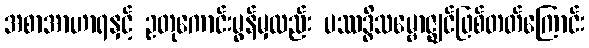
အစာအာဟာရနှင့် ဥတုကောင်းမွန်မှလည်း ပဿဒ္ဓိသမ္ဗောဇ္ဈင်ဖြစ်တတ်ကြောင်း